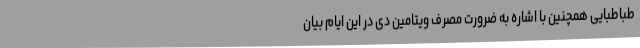
طباطبایی همچنین با اشاره به ضرورت مصرف ویتامین دی در این ایام بیان